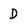
Character: D